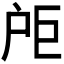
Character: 𪭘